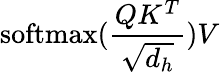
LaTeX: \textrm{softmax}({\frac{QK^{T}}{\sqrt{d_{h}}}})V